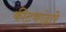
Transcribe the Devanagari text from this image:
कीटकांद्वारे